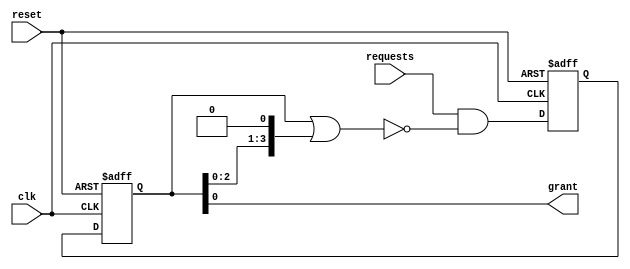
module binary_tree_arbiter (
    input wire clk, // clock input
    input wire reset, // reset input
    input wire [NUM_MASTERS-1:0] requests, // input requests from each master
    output wire grant // output grant signal
);

// define parameter for number of masters
parameter NUM_MASTERS = 4;

// define parameter for number of levels in binary tree
parameter NUM_LEVELS = $clog2(NUM_MASTERS);

// define registers to store request and grant signals
reg [NUM_MASTERS-1:0] request_reg;
reg [NUM_MASTERS-1:0] grant_reg;

// define priority encoder to choose highest priority request
always @ (posedge clk or posedge reset) begin
    if (reset) begin
        request_reg <= 0;
        grant_reg <= 0;
    end else begin
        // use priority encoder to choose highest priority request
        request_reg <= requests & ~(grant_reg | (grant_reg << 1));
        grant_reg <= request_reg;
    end
end

// assign grant signal based on highest priority request
assign grant = grant_reg[0];

endmodule